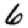
Digit: 6